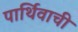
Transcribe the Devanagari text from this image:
पार्थिवाची